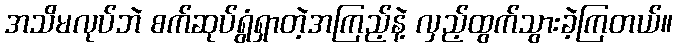
အသိမလုပ်ဘဲ စက်ဆုပ်ရွံရှာတဲ့အကြည့်နဲ့ လှည့်ထွက်သွားခဲ့ကြတယ်။